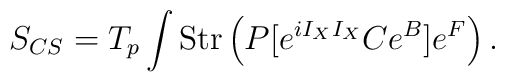
S_{CS} = T_p \int {\rm Str} \left( P [ e^{i I_X I_X} C e^B] e^F \right) .